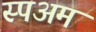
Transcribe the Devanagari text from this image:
स्पअम